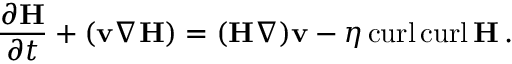
{ { \frac { \partial { \bf H } } { \partial t } } + ( { \bf v } \nabla } { \bf H } ) = ( { \bf H } \nabla ) { \bf v } - \eta \, \mathrm { c u r l } \, \mathrm { c u r l } \, { \bf H } \, .